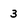
Character: 3